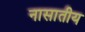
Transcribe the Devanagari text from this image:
नासातीय